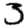
Digit: 3